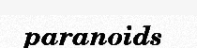
paranoids